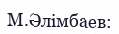
М.Әлімбаев: